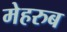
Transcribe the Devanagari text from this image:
मेहरुब